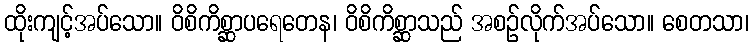
ထိုးကျင့်အပ်သော။ ဝိစိကိစ္ဆာပရေတေန၊ ဝိစိကိစ္ဆာသည် အစဉ်လိုက်အပ်သော။ စေတသာ၊